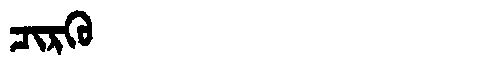
Manchu: ᠴᡳᡵᡴᡠ
Romanization: CIRKU